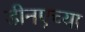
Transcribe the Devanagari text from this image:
डीनएच्या